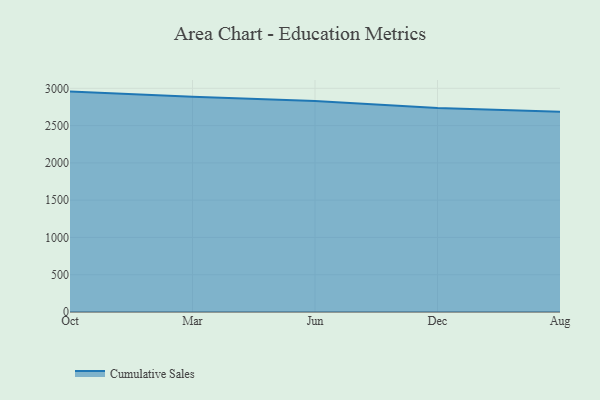
{"axis": {"x": "Month", "y": "Gross Profit (USD K)"}, "legend": ["Cumulative Sales"], "data": [{"x": "Oct", "y": 2956.2, "type": "Cumulative Sales"}, {"x": "Mar", "y": 2887.2, "type": "Cumulative Sales"}, {"x": "Jun", "y": 2829.7, "type": "Cumulative Sales"}, {"x": "Dec", "y": 2735.9, "type": "Cumulative Sales"}, {"x": "Aug", "y": 2686.7, "type": "Cumulative Sales"}]}